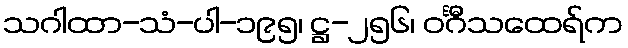
သဂါထာ-သံ-ပါ-၁၉၅၊ ဋ္ဌ-၂၅၆၊ ဝင်္ဂီသထေရ်က